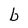
Character: b